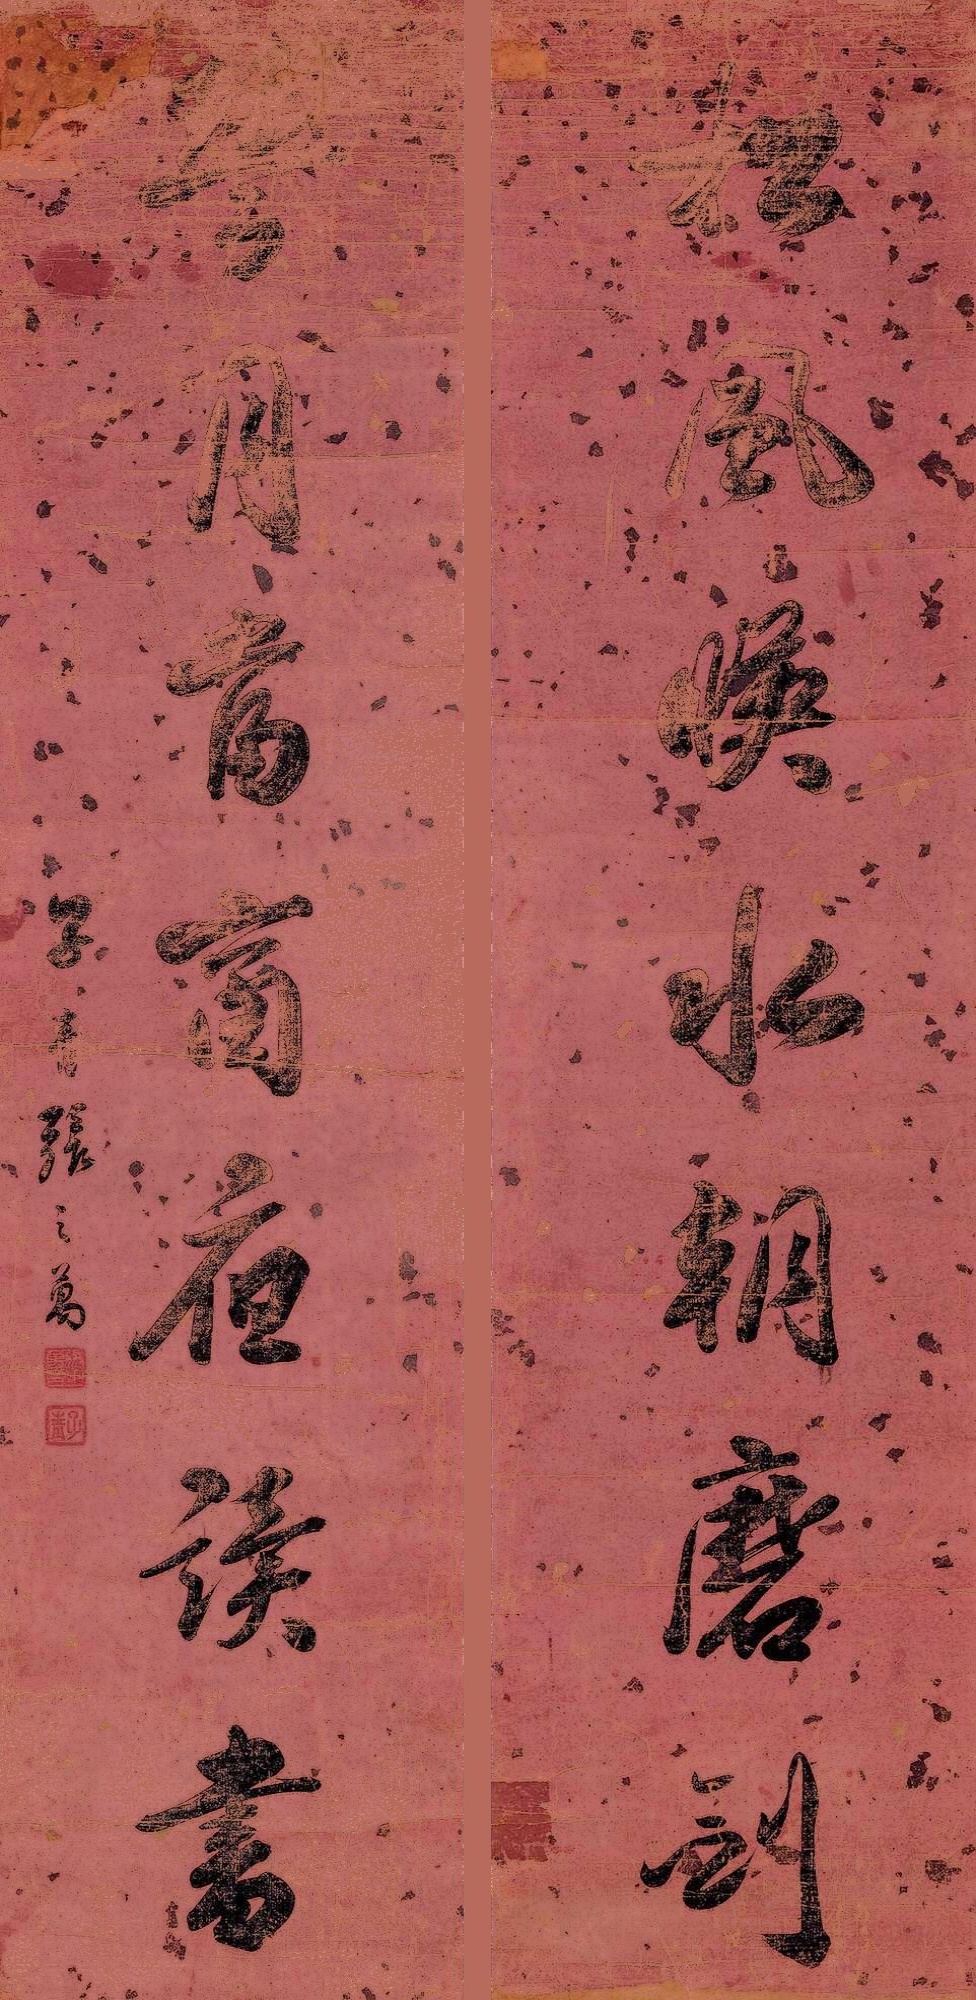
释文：松风临水朝磨剑，竹月当窗夜读书。子青张之万。